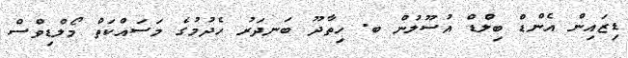
ޑިޒައިން އެންޑް ބިލްޑް އުސޫލުން ބ. ހިތާދޫ ބަނދަރު ހެދުމުގެ މަސައްކަތް މޯލްޑިވްސް